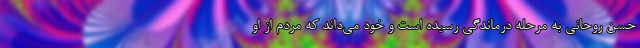
حسن روحانی به مرحله درماندگی رسیده است و خود می‌داند که مردم از او